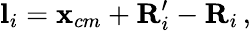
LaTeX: \mathbf{l}_{i}=\mathbf{x}_{cm}+\mathbf{R}_{i}^{\prime}-\mathbf{R}_{i}\, ,